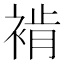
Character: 褃